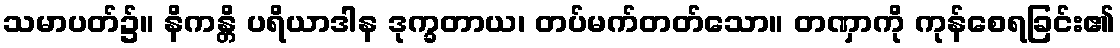
သမာပတ်၌။ နိကန္တိ ပရိယာဒါန ဒုက္ခတာယ၊ တပ်မက်တတ်သော။ တဏှာကို ကုန်စေရခြင်း၏